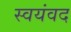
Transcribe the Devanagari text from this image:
स्वयंवद